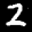
Label: 2